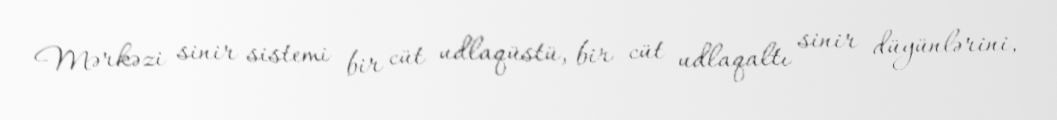
Mərkəzi sinir sistemi bir cüt udlaqüstü, bir cüt udlaqaltı sinir düyünlərini,